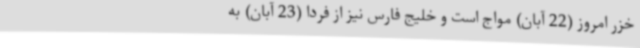
خزر امروز (22 آبان) مواج است و خلیج فارس نیز از فردا (23 آبان) به